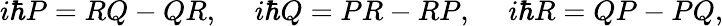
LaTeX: i\hbar P=RQ-QR,\ \ \ \ \ i\hbar Q=PR-RP,\ \ \ \ \ i\hbar R=QP-PQ,